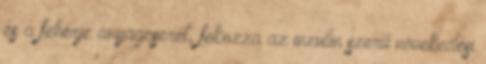
és a fehérje anyagcserét, fokozza az inzulin szerű növekedési